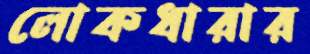
লোকধারার